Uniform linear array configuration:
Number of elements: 12
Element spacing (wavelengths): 0.25
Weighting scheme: hann
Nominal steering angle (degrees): -45
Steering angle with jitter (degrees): -43.434
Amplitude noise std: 0.05
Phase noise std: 0.05

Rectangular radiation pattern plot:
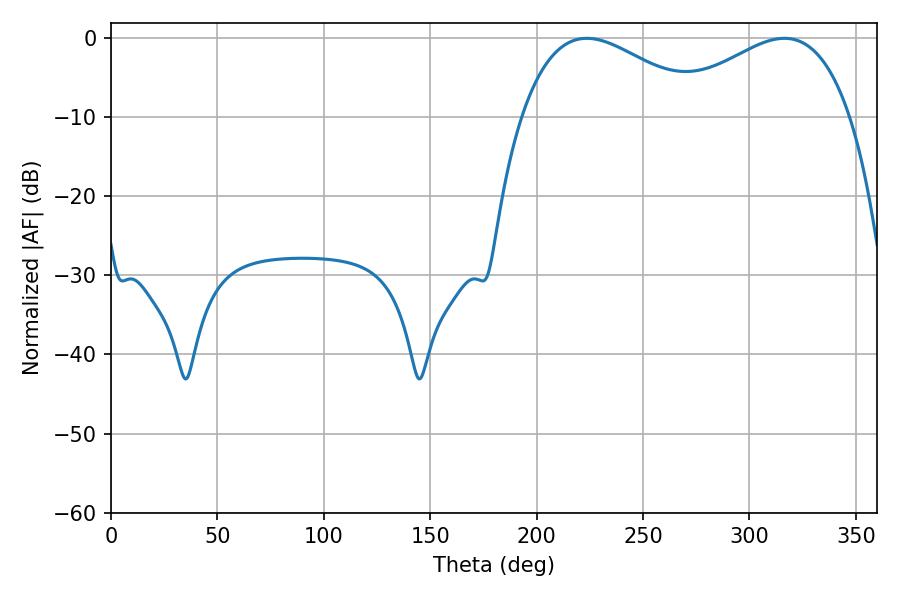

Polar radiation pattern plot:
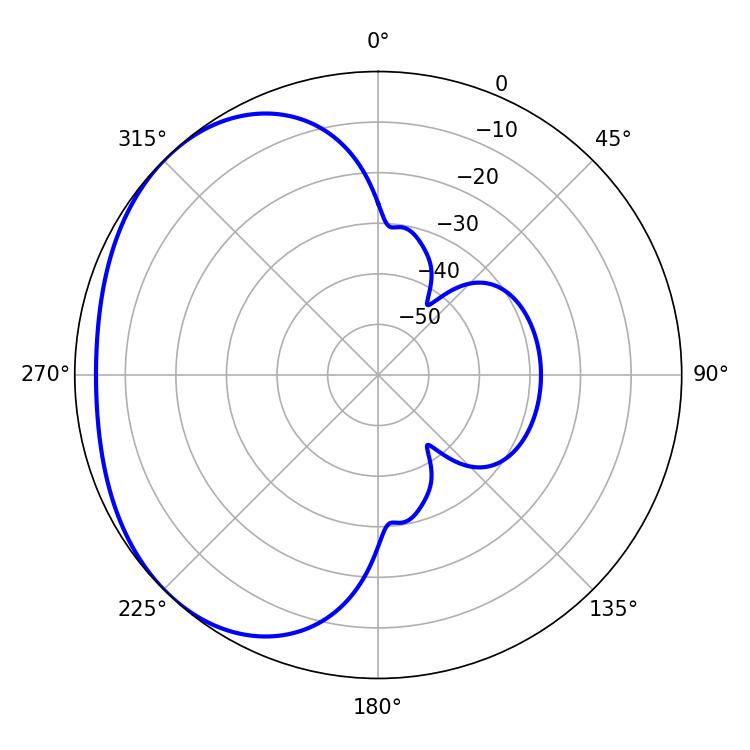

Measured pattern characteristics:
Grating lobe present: FALSE
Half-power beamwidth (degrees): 47.34
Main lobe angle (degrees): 223.56